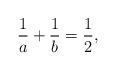
LaTeX: \begin{align*}\frac{1}{a}+\frac{1}{b}=\frac{1}{2},\end{align*}